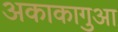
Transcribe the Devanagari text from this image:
अकाकागुआ